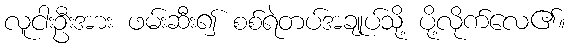
လူငါးဦးအား ဖမ်းဆီး၍ စစ်ရဲတပ်အချုပ်သို့ ပို့လိုက်လေ၏။